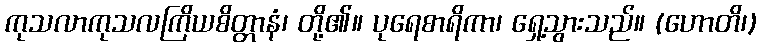
ကုသလာကုသလကြိယစိတ္တာနံ၊ တို့၏။ ပုရေစာရိကာ၊ ရှေ့သွားသည်။ (ဟောတိ၊)